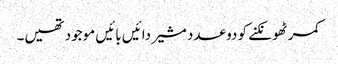
کمر ٹھونکنے کو دو عدد مشیر دائیں بائیں موجود تھیں۔